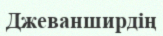
Джеванширдің